Report of the Bombay Plague Committee
Disease focus: Plague
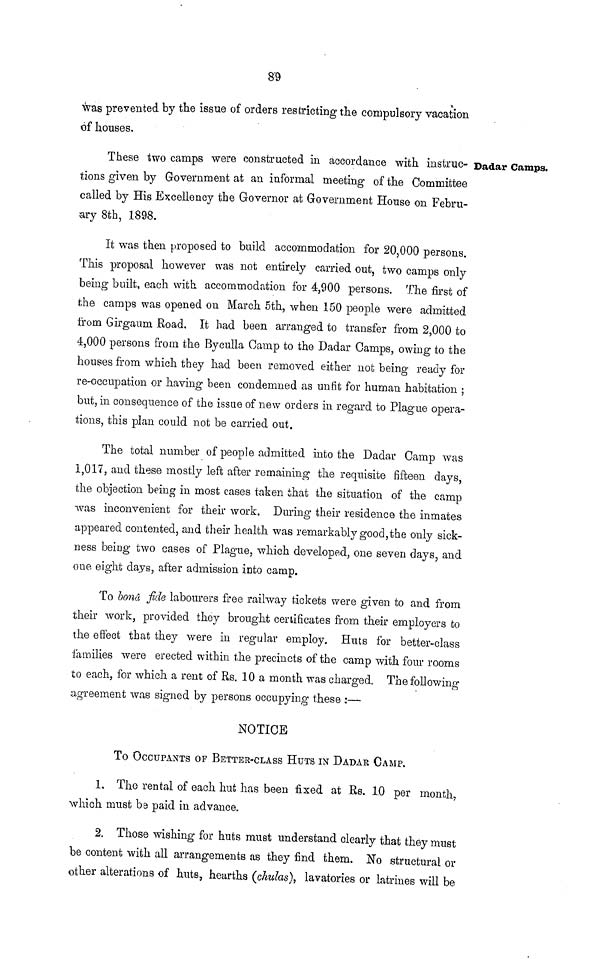
89
was prevented by the issue of orders restricting the compulsory vacation
of houses.
Dadar Camps.
These two camps were constructed in accordance with instruc-
tions given by Government at an informal meeting of the Committee
called by His Excellency the Governor at Government House on Febru-
ary 8th, 1898.
It was then proposed to build accommodation for 20,000 persons.
This proposal however was not entirely carried out, two camps only
being built, each with accommodation for 4,900 persons. The first of
the camps was opened on March 5th, when 150 people were admitted
from Girgaum Road, It had been arranged to transfer from 2,000 to
4,000 persons from the Byculla Camp to the Dadar Gamps, owing to the
houses from which they had been removed either not being ready for
re-occupation or having been condemned as unfit for human habitation ;
but, in consequence of the issue of new orders in regard to Plague opera-
tions, this plan could not be carried out.
The total number of people admitted into the Dadar Camp was
1,017, and these mostly left after remaining the requisite fifteen days,
the objection being in most cases taken that the situation of the camp
was inconvenient for their work. During their residence the inmates
appeared contented, and their health was remarkably good, the only sick-
ness being two cases of Plague, which developed, one seven days, and
one eight days, after admission into camp.
To bonâ fide labourers free railway tickets were given to and from
their work, provided they brought certificates from their employers to
the effect that they were in regular employ. Huts for better-class
families were erected within the precincts of the camp with four rooms
to each, for which a rent of Rs. 10 a month was charged. The following
agreement was signed by persons occupying these :—
NOTICE
TO OCCUPANTS OF BETTER-CLASS HUTS IN DADAR CAMP.
1. The rental of each hut has been fixed at Rs. 10 per month,
which must be paid in advance.
2. Those wishing for huts must understand clearly that they must
be content with all arrangements as they find them. No structural or
other alterations of huts, hearths (chulas), lavatories or latrines will be